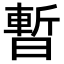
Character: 暫